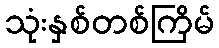
သုံးနှစ်တစ်ကြိမ်